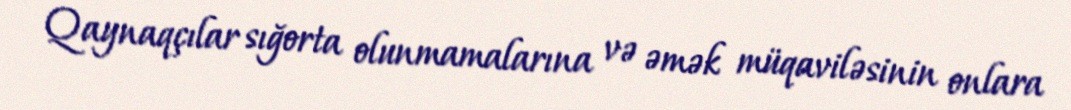
Qaynaqçılar sığorta olunmamalarına və əmək müqaviləsinin onlara